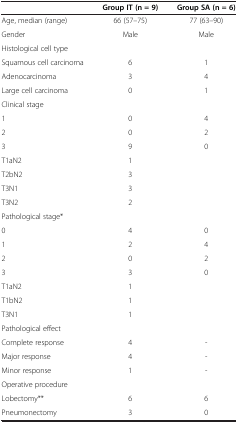
<table><thead><tr><td><b> </b></td><td><b>Group IT (n = 9)</b></td><td><b>Group SA (n = 6)</b></td></tr></thead><tbody><tr><td>Age, median (range)</td><td>66 (57–75)</td><td>77 (63–90)</td></tr><tr><td>Gender</td><td>Male</td><td>Male</td></tr><tr><td>Histological cell type</td><td> </td><td> </td></tr><tr><td>Squamous cell carcinoma</td><td>6</td><td>1</td></tr><tr><td>Adenocarcinoma</td><td>3</td><td>4</td></tr><tr><td>Large cell carcinoma</td><td>0</td><td>1</td></tr><tr><td>Clinical stage</td><td> </td><td> </td></tr><tr><td>1</td><td>0</td><td>4</td></tr><tr><td>2</td><td>0</td><td>2</td></tr><tr><td>3</td><td>9</td><td>0</td></tr><tr><td>T1aN2</td><td>1</td><td> </td></tr><tr><td>T2bN2</td><td>3</td><td> </td></tr><tr><td>T3N1</td><td>3</td><td> </td></tr><tr><td>T3N2</td><td>2</td><td> </td></tr><tr><td>Pathological stage*</td><td> </td><td> </td></tr><tr><td>0</td><td>4</td><td>0</td></tr><tr><td>1</td><td>2</td><td>4</td></tr><tr><td>2</td><td>0</td><td>2</td></tr><tr><td>3</td><td>3</td><td>0</td></tr><tr><td>T1aN2</td><td>1</td><td> </td></tr><tr><td>T1bN2</td><td>1</td><td> </td></tr><tr><td>T3N1</td><td>1</td><td> </td></tr><tr><td>Pathological effect</td><td> </td><td> </td></tr><tr><td>Complete response</td><td>4</td><td>-</td></tr><tr><td>Major response</td><td>4</td><td>-</td></tr><tr><td>Minor response</td><td>1</td><td>-</td></tr><tr><td>Operative procedure</td><td> </td><td> </td></tr><tr><td>Lobectomy**</td><td>6</td><td>6</td></tr><tr><td>Pneumonectomy</td><td>3</td><td>0</td></tr></tbody></table>